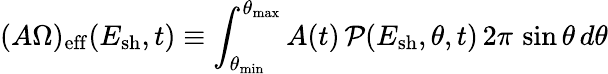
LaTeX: (A\Omega)_{\mathrm{eff}}(E_{\mathrm{sh}},t)\equiv\int_{\theta_{\mathrm{min}}}^{\theta_{\mathrm{max}}}A(t)\, {\cal P}(E_{\mathrm{sh}},\theta,t)\, 2\pi\, \sin\theta\, d\theta